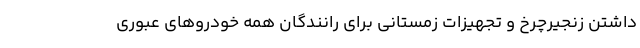
داشتن زنجیرچرخ و تجهیزات زمستانی برای رانندگان همه خودروهای عبوری